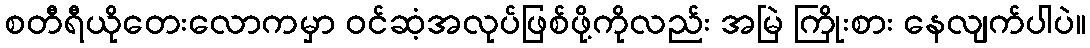
စတီရီယိုတေးလောကမှာ ဝင်ဆံ့အလုပ်ဖြစ်ဖို့ကိုလည်း အမြဲ ကြိုးစား နေလျက်ပါပဲ။